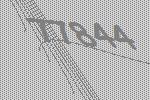
77844